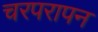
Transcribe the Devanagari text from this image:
चरपरापन